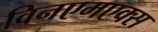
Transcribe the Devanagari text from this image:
विनएमएक्स